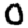
Digit: 0